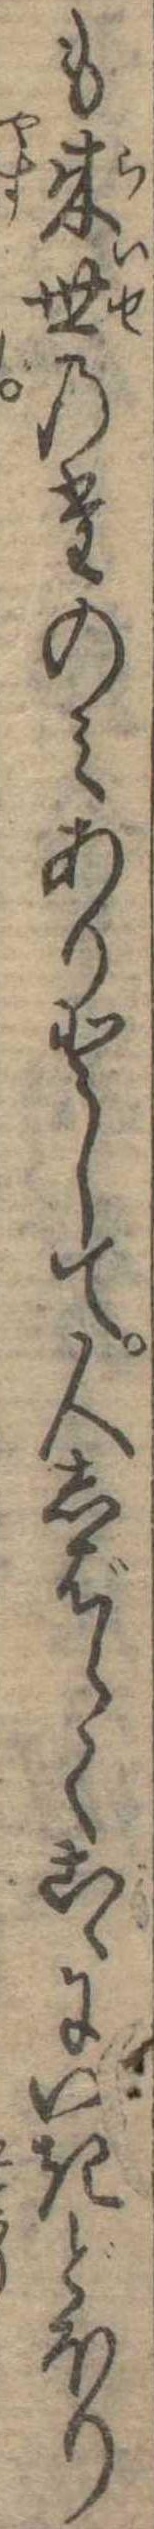
も来世のたのみありとして人しばらくこゝにいきどほり